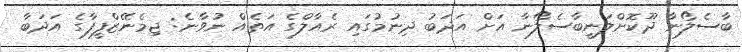
ބާސެލޯނާ ދޫކޮށްލަނީބާސެލޯނާ އަށް އަދަބު ދިނުމުގައި ރެއާލްގެ އަތެއް ނުވާނެ: ޖިމެނޭޒްފީފާގެ އަދަބާ